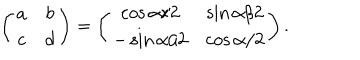
\left( \begin{matrix} { { a } } & { { b } } \\ { { c } } & { { d } } \\ \end{matrix} \right) = \left( \begin{matrix} { { \cos \alpha / 2 } } & { { \sin \alpha / 2 } } \\ { { - \sin \alpha / 2 } } & { { \cos \alpha / 2 } } \\ \end{matrix} \right) .